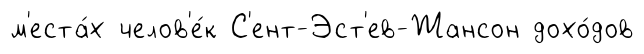
м'еста́х челов'е́к С'ент-Эст'ев-Жансон дохо́дов